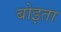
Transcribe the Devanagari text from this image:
बोइता